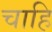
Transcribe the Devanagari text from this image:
चाहि